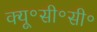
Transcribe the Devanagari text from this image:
क्यू॰सी॰सी॰